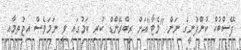
ފޭސްބުކް ކުންފުނީގެ ނަން "މެޓާ"އަށް ރީބްރޭންޑް ކުރި ކަމުގައި ވީ ނަމަވެސް އިޖުތިމާއި